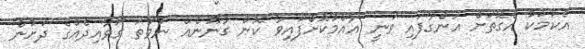
އެކަމަކު އެގޮތަށް އަންގާފައި ވަނީ އާއްމުކޮށްފައިވާ ކޮން ގާނޫނެއް ނުވަތަ ގަވާއިދެއްގެ ދަށުން